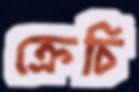
ক্রেচি